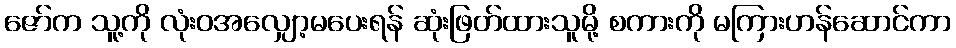
ဇော်က သူ့ကို လုံးဝအလျှော့မပေးရန် ဆုံးဖြတ်ထားသူမို့ စကားကို မကြားဟန်ဆောင်ကာ